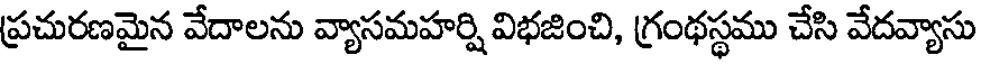
ప్రచురణమైన వేదాలను వ్యాసమహర్షి విభజించి, గ్రంథస్థము చేసి వేదవ్యాసు